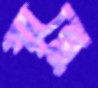
গান্নে